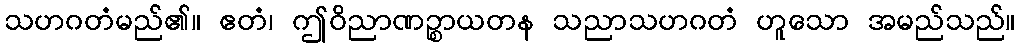
သဟဂတံမည်၏။ ဧတံ၊ ဤဝိညာဏဉ္စာယတန သညာသဟဂတံ ဟူသော အမည်သည်။